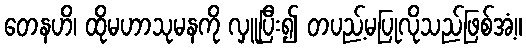
တေနဟိ၊ ထိုမဟာသုမနကို လှူပြီး၍ တပည့်မပြုလိုသည်ဖြစ်အံ့။